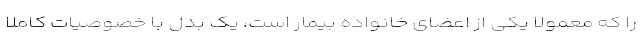
را که معمولاً یکی از اعضای خانواده بیمار است، یک بدل با خصوصیات کاملاً